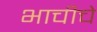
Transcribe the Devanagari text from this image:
भाचीचे